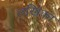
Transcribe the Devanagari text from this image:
लखिका